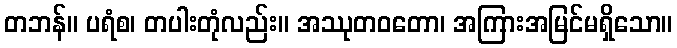
တဘန်။ ပရံစ၊ တပါးတုံလည်း။ အဿုတဝတော၊ အကြားအမြင်မရှိသော။